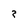
Character: 3